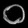
Digit: ၀